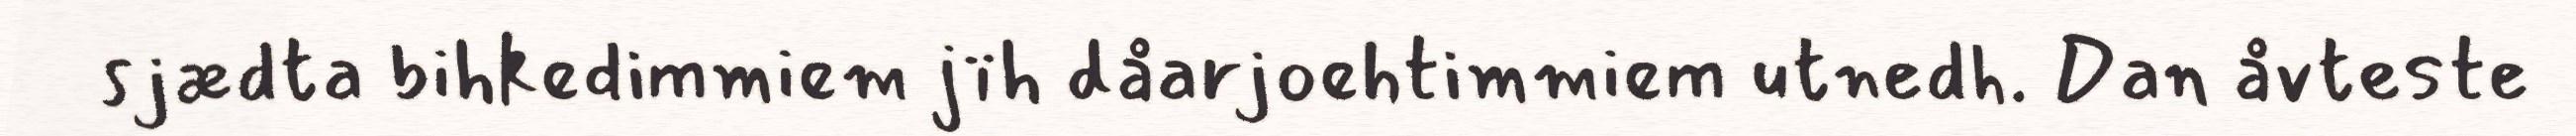
sjædta bihkedimmiem jïh dåarjoehtimmiem utnedh. Dan åvteste